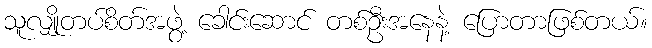
သူလျှိုတပ်စိတ်အဖွဲ့ ခေါင်းဆောင် တစ်ဦးအနေနဲ့ ပြောတာဖြစ်တယ်။